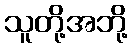
သူတို့အဘို့